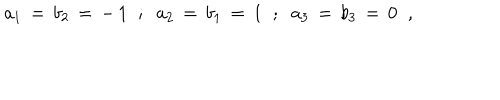
LaTeX: a _ { 1 } \, = \, b _ { 2 } \, = \, - \, 1 \; \; ; \; \; a _ { 2 } \, = \, b _ { 1 } \, = \, 1 \; \; ; \; \; a _ { 3 } \, = \, b _ { 3 } \, = \, 0 \; \; ,